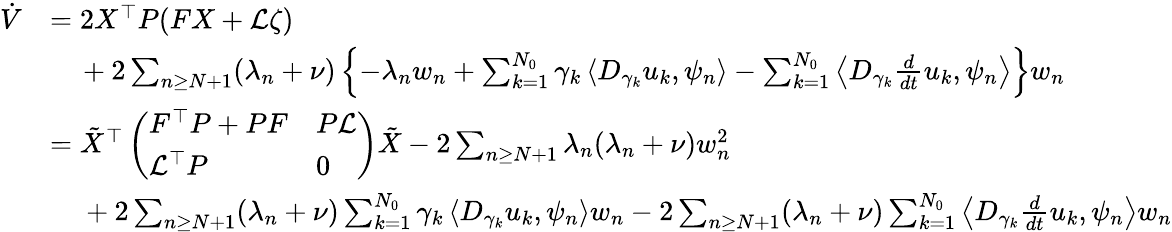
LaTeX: \begin{array}{rl}{\dot{V}}&{=2X^{\top}P(FX+\mathcal{L}\zeta)}\\ &{\phantom{=}\, +2\sum_{n\geq N+1}(\lambda_{n}+\nu)\left\{ -\lambda_{n}w_{n}+\sum_{k=1}^{N_{0}}\gamma_{k}\left<D_{\gamma_{k}}u_{k},\psi_{n}\right>-\sum_{k=1}^{N_{0}}\left<D_{\gamma_{k}}\frac{d}{dt}u_{k},\psi_{n}\right>\right\} w_{n}}\\ &{=\tilde{X}^{\top}\left(\begin{array}{ll}{F^{\top}P+PF}&{P\mathcal{L}}\\ {\mathcal{L}^{\top}P}&{0}\end{array}\right)\tilde{X}-2\sum_{n\geq N+1}\lambda_{n}(\lambda_{n}+\nu)w_{n}^{2}}\\ &{\phantom{=}\; +2\sum_{n\geq N+1}(\lambda_{n}+\nu)\sum_{k=1}^{N_{0}}\gamma_{k}\left<D_{\gamma_{k}}u_{k},\psi_{n}\right>w_{n}-2\sum_{n\geq N+1}(\lambda_{n}+\nu)\sum_{k=1}^{N_{0}}\left<D_{\gamma_{k}}\frac{d}{dt}u_{k},\psi_{n}\right>w_{n}}\end{array}